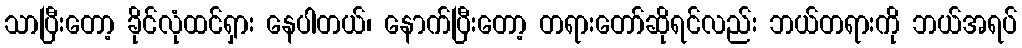
သာပြီးတော့ ခိုင်လုံထင်ရှား နေပါတယ်၊ နောက်ပြီးတော့ တရားတော်ဆိုရင်လည်း ဘယ်တရားကို ဘယ်အရပ်